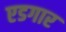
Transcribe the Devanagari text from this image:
एडगार